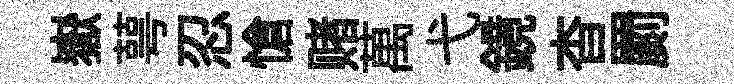
嶽萼忍愴赌萬弋鏡杳罽